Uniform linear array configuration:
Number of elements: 4
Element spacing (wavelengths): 0.5
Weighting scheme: binomial
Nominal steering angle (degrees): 45
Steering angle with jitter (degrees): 45.003
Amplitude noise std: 0.05
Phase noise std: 0.05

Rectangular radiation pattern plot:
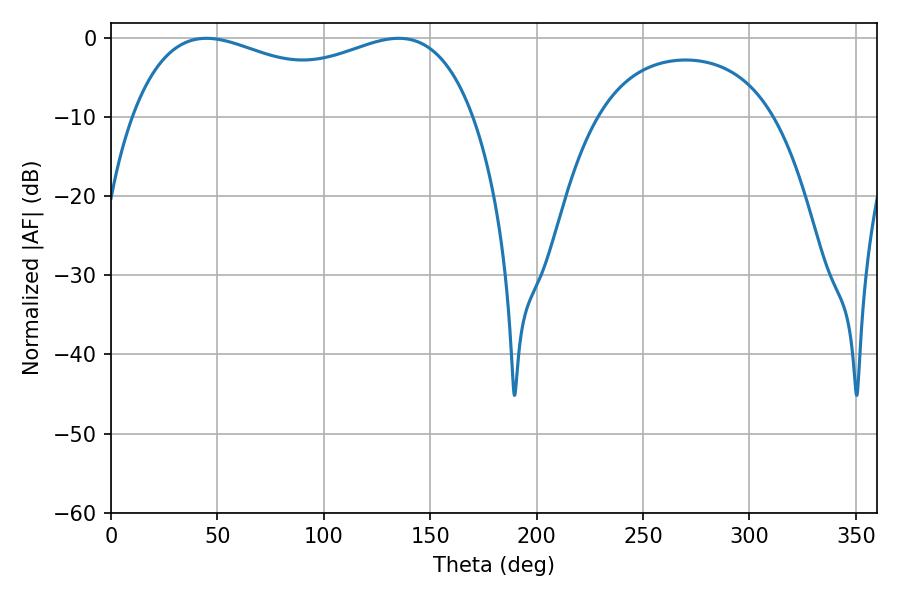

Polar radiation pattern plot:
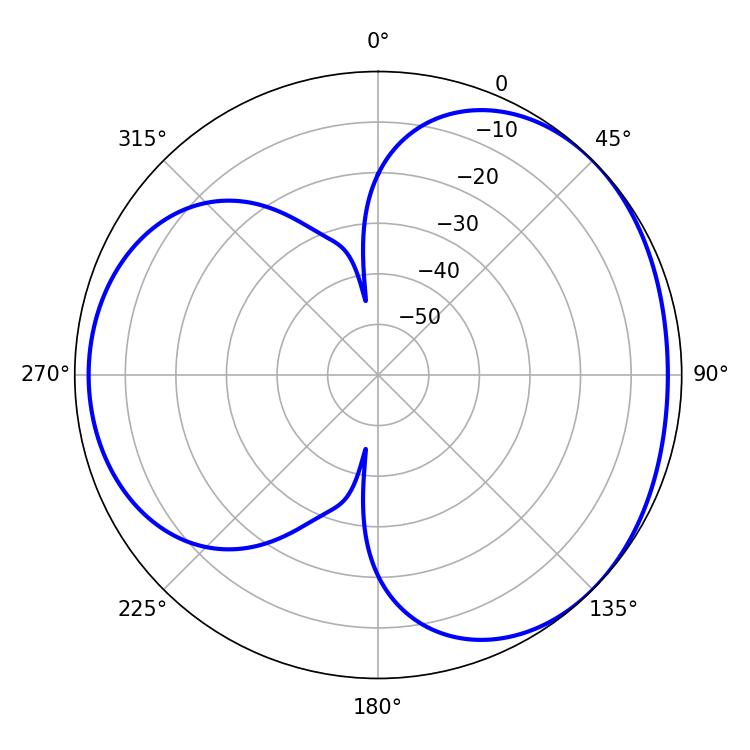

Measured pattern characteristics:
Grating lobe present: FALSE
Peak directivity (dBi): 3.419
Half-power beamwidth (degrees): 132.84
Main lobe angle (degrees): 44.82